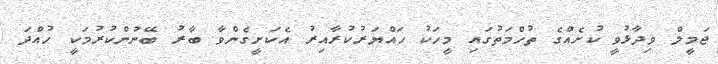
ޖަމީލް ވިދާޅުވީ ކުށެއްގެ ތުހްމަތުގައި މީހަކު ހައްޔަރުކުރާއިރު އެކަށީގެންވާ ބާރު ބޭނުންކުރުމަކީ ހުއްދަ